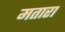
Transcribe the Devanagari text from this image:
मतारा